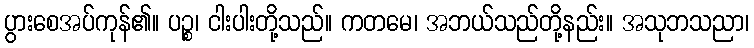
ပွားစေအပ်ကုန်၏။ ပဉ္စ၊ ငါးပါးတို့သည်။ ကတမေ၊ အဘယ်သည်တို့နည်း။ အသုဘသညာ၊